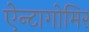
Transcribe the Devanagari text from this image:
ऐन्टागोमिर